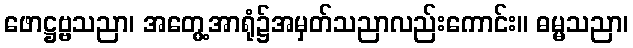
ဖောဋ္ဌဗ္ဗသညာ၊ အတွေ့အာရုံ၌အမှတ်သညာလည်းကောင်း။ ဓမ္မသညာ၊